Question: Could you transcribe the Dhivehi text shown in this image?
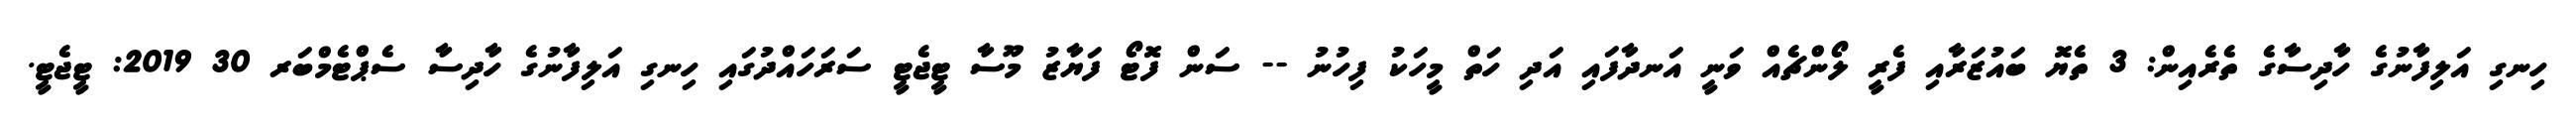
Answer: ހިނގި އަލިފާނުގެ ހާދިސާގެ ތެރެއިން: 3 ތެޔޮ ބައުޒަރާއި ފެރީ ލޯންޗެއް ވަނީ އަނދާފައި އަދި ހަތް މީހަކު ފިހުނު -- ސަން ފޮޓޯ ފަޔާޒު މޫސާ ޓީޖެޓީ ސަރަހައްދުގައި ހިނގި އަލިފާނުގެ ހާދިސާ ސެޕްޓެމްބަރ 30 2019: ޓީޖެޓީ.